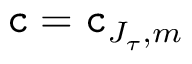
\mathtt { c } = \mathtt { c } _ { J _ { \tau } , m }